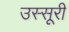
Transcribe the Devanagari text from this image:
उस्सूरी